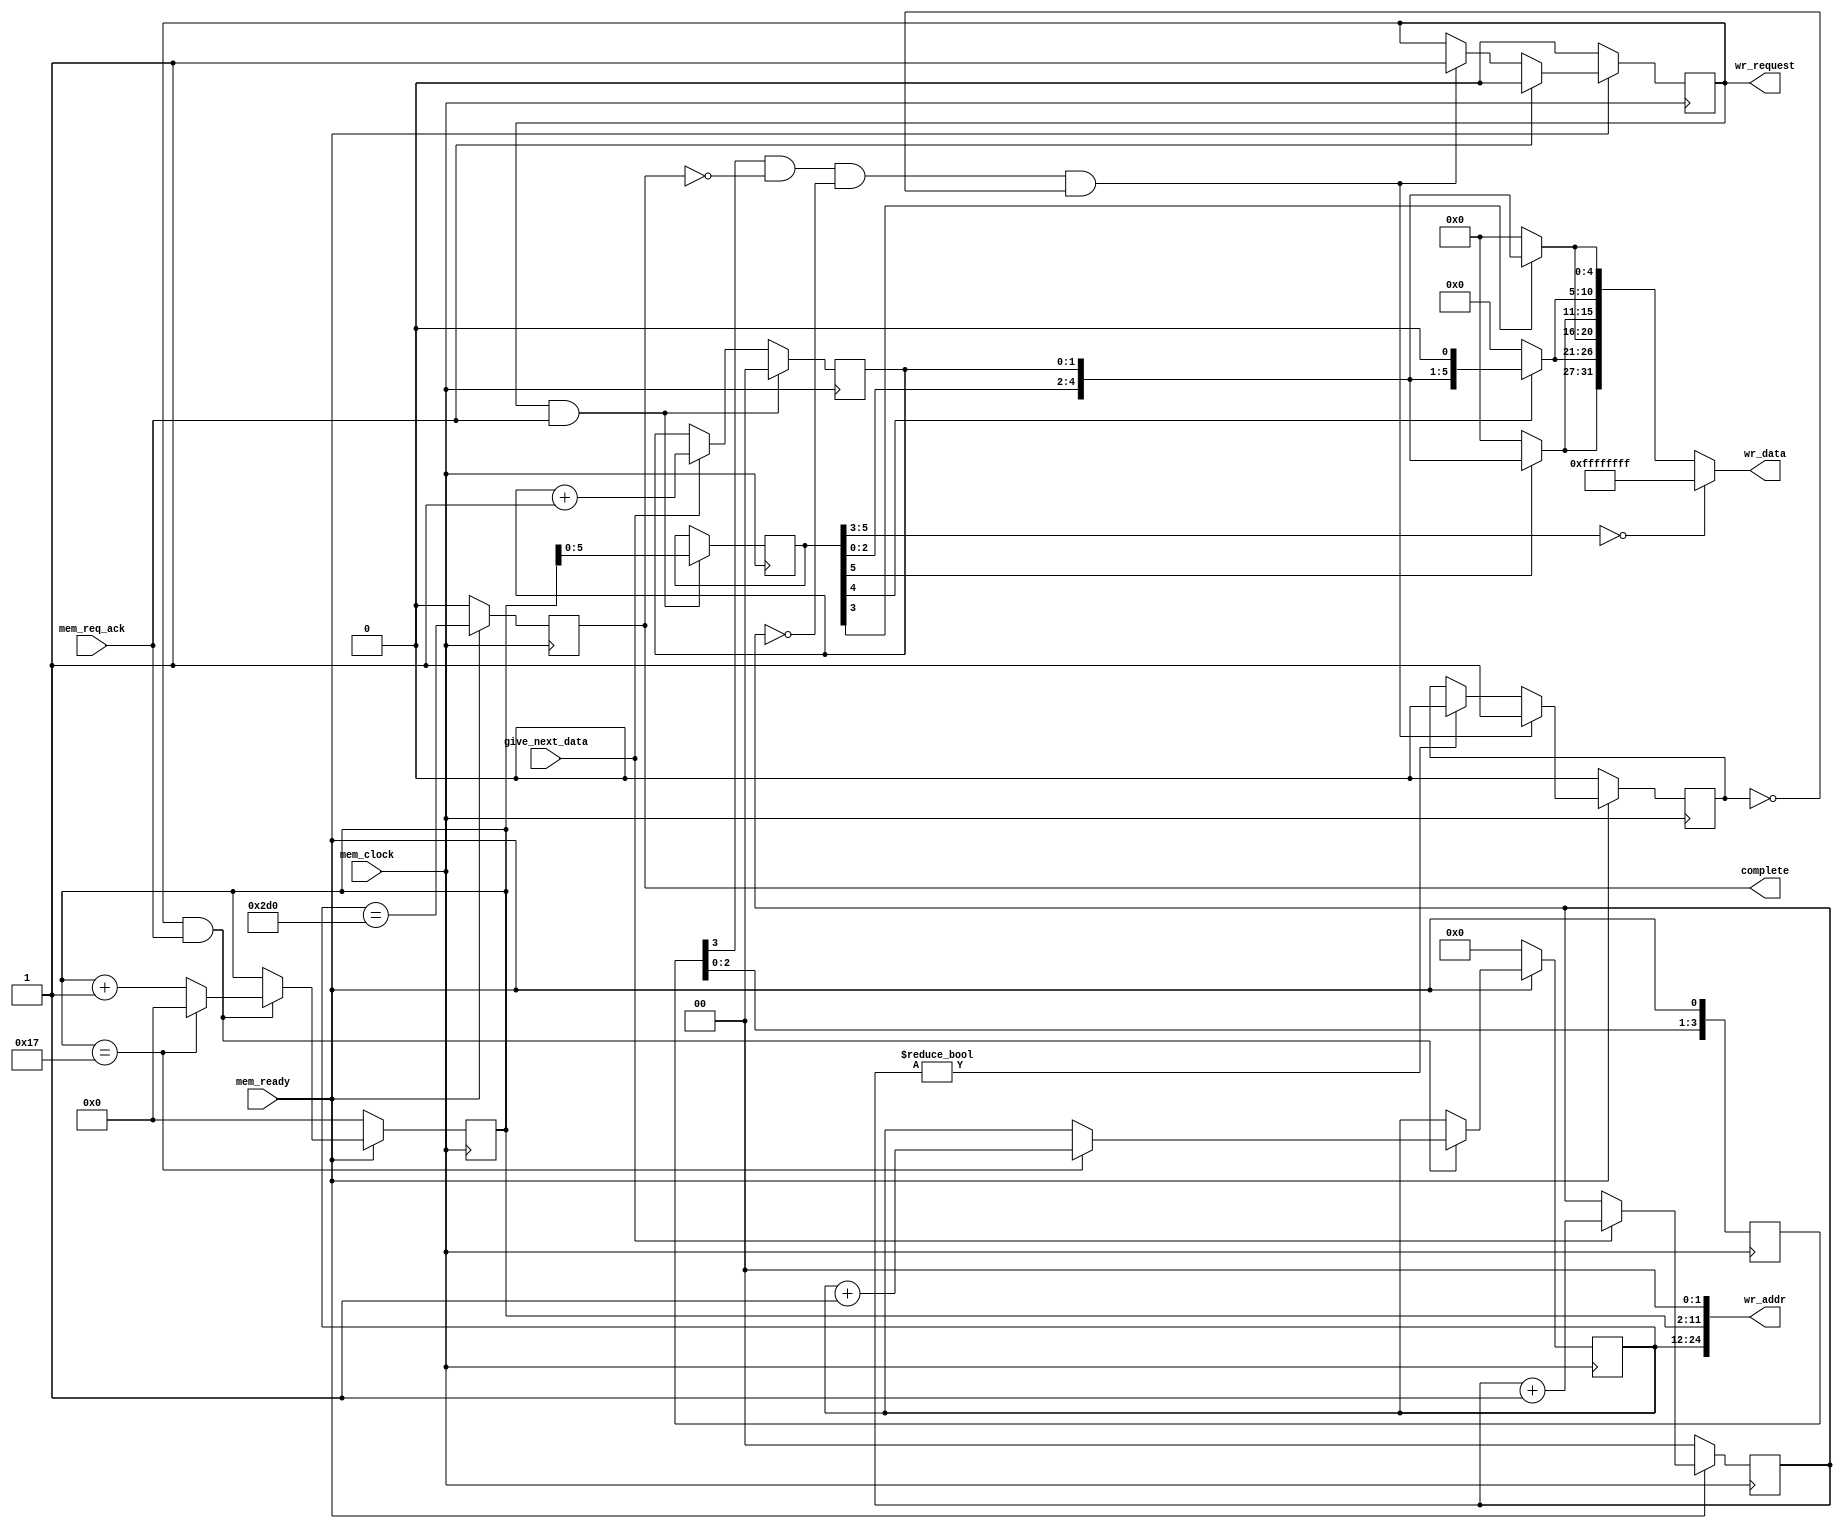
module videomem_init(
	input wire mem_clock,
	input wire mem_ready,
	input wire mem_req_ack,
	input wire give_next_data,

	output reg wr_request,
	output wire [24:0]wr_addr,
	output wire [31:0]wr_data,
	output reg complete
	);

parameter NUM_HORZ_WR_REQ = 24;
parameter NUM_WR_LINES = 720;

reg [3:0]mem_ready_delay = 0;
always @(posedge mem_clock)
		mem_ready_delay <= { mem_ready_delay[2:0],mem_ready };
wire mem_ready_d; assign mem_ready_d = mem_ready_delay[3];

always @(posedge mem_clock)
	//complete <= mem_ready;
	if( ~mem_ready)
		complete <= 1'b0;
	else
		complete <= (nline==NUM_WR_LINES);

reg [9:0]nreq;
reg [12:0]nline;

always @(posedge mem_clock)
	if( ~mem_ready)
	begin
		nreq <= 0;
		nline <= 0;
	end
	else
	if( wr_request & mem_req_ack )
	begin
		if( nreq==(NUM_HORZ_WR_REQ-1) )
			nline <= nline + 1;
		if( nreq==(NUM_HORZ_WR_REQ-1) )
			nreq  <= 0;
		else
			nreq  <= nreq+1;
	end

assign wr_addr = { nline , nreq, 2'b00 };

reg [1:0]num_data = 0;
reg wr_started;
always @(posedge mem_clock)
	if(~mem_ready)
		wr_request <= 1'b0;
	else
	if(mem_req_ack)
		wr_request <= 1'b0;
	else
	if( mem_ready_d & ~complete & num_data==0 & ~wr_started )
		wr_request <= 1'b1;

always @(posedge mem_clock)
	if(~mem_ready)
		wr_started <= 1'b0;
	else
	if( mem_ready_d & ~complete & num_data==0 & ~wr_started )
		wr_started <= 1'b1;
	else
	if(num_data)
		wr_started <= 1'b0;

always @(posedge mem_clock)
	if( ~mem_ready)
		num_data <= 0;
	else
	if(give_next_data)
		num_data <= num_data+1;

reg [5:0]data_h;
reg [1:0]data_l;
always @(posedge mem_clock)
	if( wr_request && mem_req_ack )
	begin
		data_h <= nreq[5:0];
		data_l <= 2'b00;
	end
	else
	if(give_next_data)
		data_l <= data_l+1;

wire [7:0]data; assign data = { data_h, data_l };
wire [2:0]x3; assign x3 = data[7:5];
wire [4:0]r; assign r = x3[2] ? data[4:0] : 0;
wire [5:0]g; assign g = x3[1] ? {data[4:0],1'b0} : 0;
wire [4:0]b; assign b = x3[0] ? data[4:0] : 0;
assign wr_data = (x3==3'b000) ? 32'hFFFFFFFF : {r,g,b,r,g,b};

endmodule